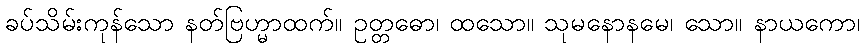
ခပ်သိမ်းကုန်သော နတ်ဗြဟ္မာထက်။ ဥတ္တဓော၊ ထသော။ သုမနောနမေ၊ သော။ နာယကော၊